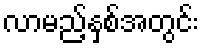
လာမည့်နှစ်အတွင်း